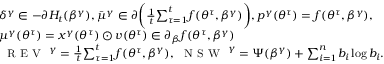
\begin{array} { r l } & { \delta ^ { \gamma } \in - \partial H _ { t } ( \beta ^ { \gamma } ) , { \bar { \mu } ^ { \gamma } } \in \partial \bigg ( \frac 1 t { \sum _ { \tau = 1 } ^ { t } } f ( { \theta ^ { \tau } } , \beta ^ { \gamma } ) \bigg ) , { p ^ { \gamma } } ( { \theta ^ { \tau } } ) = f ( { \theta ^ { \tau } } , \beta ^ { \gamma } ) , } \\ & { \mu ^ { \gamma } ( { \theta ^ { \tau } } ) = x ^ { \gamma } ( { \theta ^ { \tau } } ) \odot v ( { \theta ^ { \tau } } ) \in \partial _ { \beta } f ( { \theta ^ { \tau } } , \beta ^ { \gamma } ) } \\ & { { \small \textsc { { R E V } } } ^ { \gamma } = \frac 1 t { \sum _ { \tau = 1 } ^ { t } } f ( { \theta ^ { \tau } } , \beta ^ { \gamma } ) , { \small \textsc { { N S W } } } ^ { \gamma } = \Psi ( \beta ^ { \gamma } ) + { \sum _ { i = 1 } ^ { n } } b _ { i } \log b _ { i } . } \end{array}